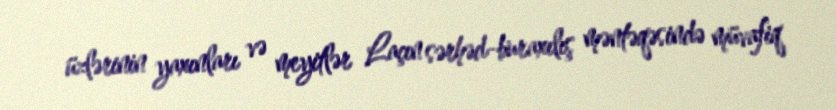
üzlərinin yaxınları və meyitlər Laçın sərhəd-buraxılış məntəqəsində müvafiq